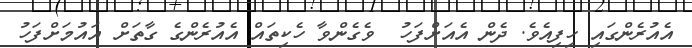
އެއުރެންގައި ހިފިއެވެ. ދެން އެއަށްފަހު  ވެގެންވާ ހެކިތައް އެއުރެންގެ ގާތަށް އައުމަށްފަހު